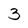
Character: 3